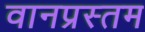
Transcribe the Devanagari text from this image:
वानप्रस्तम